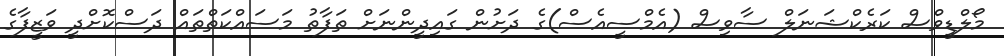
މޯލްޑީވްސް ކަރެކްޝަނަލް ސާވިސް (އެމްސީއެސް)ގެ ދަށުން ގައިދީންނަށް ތަފާތު މަސައްކަތްތައް ދަސްކޮށްދީ ވަޒީފާގެ